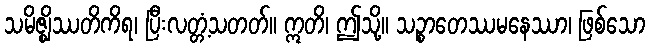
သမိဇ္ဈိဿတိကိရ၊ ပြီးလတ္တံ့သတတ်။ ဣတိ၊ ဤသို့။ သဉ္စာတေဿမနေဿာ၊ ဖြစ်သော